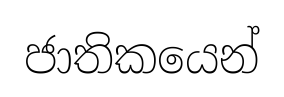
ජාතිකයෙන්